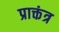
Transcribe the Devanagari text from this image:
प्राक्तंत्र